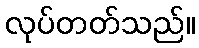
လုပ်တတ်သည်။